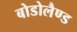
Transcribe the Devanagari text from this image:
बोडोलैण्ड